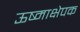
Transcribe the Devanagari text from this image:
ऊष्माक्षेपक